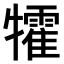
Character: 𤜅